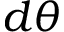
d \theta